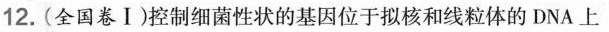
12.(全国卷Ⅰ)控制细菌性状的基因位于拟核和线粒体的DNA上